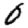
Digit: 0